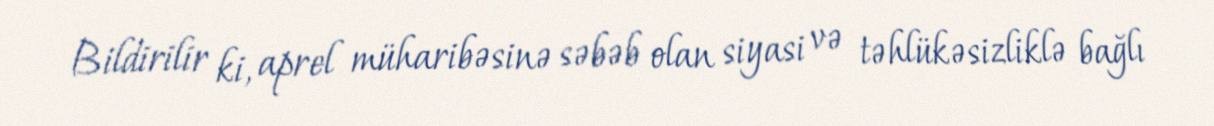
Bildirilir ki, aprel müharibəsinə səbəb olan siyasi və təhlükəsizliklə bağlı